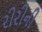
રીરીની